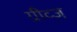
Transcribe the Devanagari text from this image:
ग्रीव्ज़